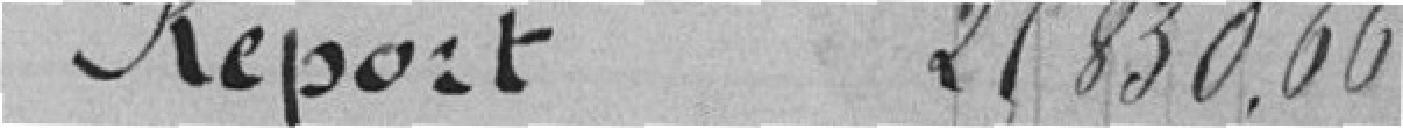
Report 25830.66